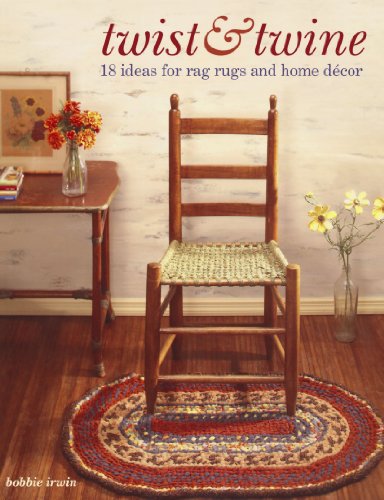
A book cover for Twist and Twine: 18 Ideas for Rag Rugs and Home Decor; Bobbie Irwin; Crafts, Hobbies & Home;